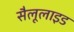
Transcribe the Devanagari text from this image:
सैलूलाइड